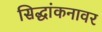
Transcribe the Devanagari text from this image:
सिद्धांकनावर